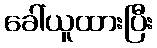
ခေါ်ယူထားပြီး